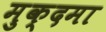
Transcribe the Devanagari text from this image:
मुक्दमा